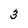
Character: 3